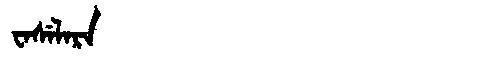
Manchu: ᠸᠠᠰᡝᠯᠠᡵᠠ
Romanization: WASELARA